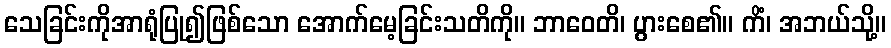
သေခြင်းကိုအာရုံပြု၍ဖြစ်သော အောက်မေ့ခြင်းသတိကို။ ဘာဝေတိ၊ ပွားစေ၏။ ကိံ၊ အဘယ်သို့။